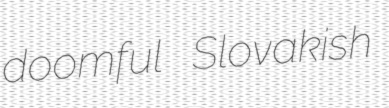
doomful Slovakish